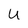
Character: u